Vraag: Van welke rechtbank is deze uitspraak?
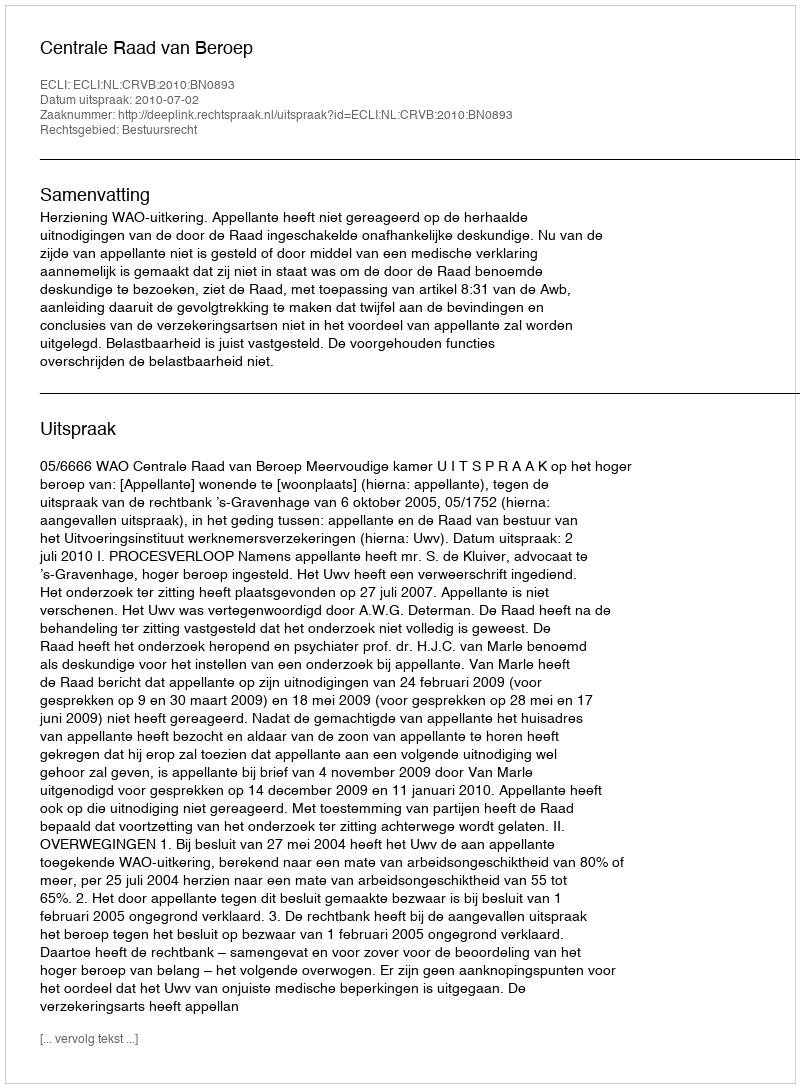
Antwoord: Centrale Raad van Beroep